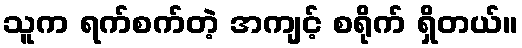
သူက ရက်စက်တဲ့ အကျင့် စရိုက် ရှိတယ်။